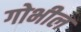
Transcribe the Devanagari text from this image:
गोभील